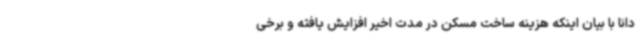
دانا با بیان اینکه هزینه ساخت مسکن در مدت اخیر افزایش یافته و برخی